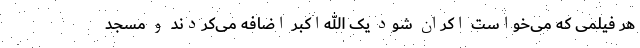
هر فیلمی که می‌خواست اکران شود یک الله‌اکبر اضافه می‌کردند و مسجد